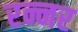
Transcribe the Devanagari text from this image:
रन्नर